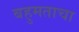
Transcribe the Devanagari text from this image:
बहुमताचा